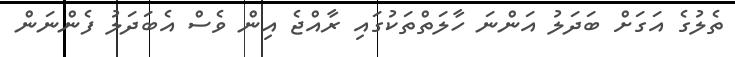
ތެލުގެ އަގަށް ބަދަލު އަންނަ ހާލަތްތަކުގައި ރާއްޖެ އިން ވެސް އެބަދަލު ފެންނަން